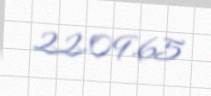
22.09.65